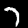
Label: 7